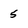
Character: 5